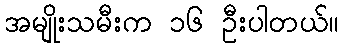
အမျိုးသမီးက ၁၆ ဦးပါတယ်။